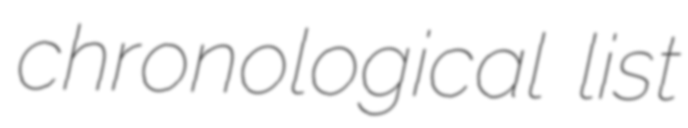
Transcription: chronological list